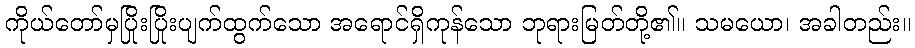
ကိုယ်တော်မှပြိုးပြိုးပျက်ထွက်သော အရောင်ရှိကုန်သော ဘုရားမြတ်တို့၏။ သမယော၊ အခါတည်း။